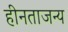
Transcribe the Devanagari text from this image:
हीनताजन्य